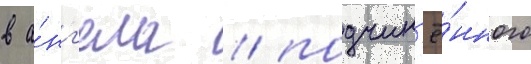
в а́нг'ела / подчин'ё́нного